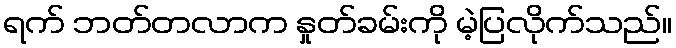
ရက် ဘတ်တလာက နှုတ်ခမ်းကို မဲ့ပြလိုက်သည်။